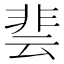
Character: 𮧄